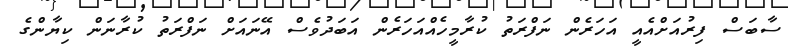
ސާބަސް ފިރުއަށްއެއީ އަހަރެން ނަފްރަތު ކުރާމީހެއްއަހަރެން އަބަދުވެސް އޭނައަށް ނަފްރަތު ކުރާނަން ކިޔާންގެ